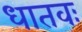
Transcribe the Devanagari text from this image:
धातवः